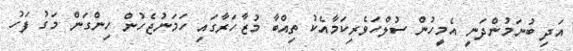
އަދި ބުނަމުންދަނީ އެމީހުން ސުލްހަވެރިކަމާއެކު ތިއްބާ މުޒާހަރާގައި ހަމަނުޖެހުން ހިންގަން މަގު ފަހު